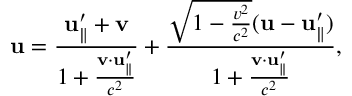
\mathbf { u } = { \frac { \mathbf { u } _ { \parallel } ^ { \prime } + \mathbf { v } } { 1 + { \frac { \mathbf { v } \cdot \mathbf { u } _ { \parallel } ^ { \prime } } { c ^ { 2 } } } } } + { \frac { { \sqrt { 1 - { \frac { v ^ { 2 } } { c ^ { 2 } } } } } ( \mathbf { u } - \mathbf { u } _ { \parallel } ^ { \prime } ) } { 1 + { \frac { \mathbf { v } \cdot \mathbf { u } _ { \parallel } ^ { \prime } } { c ^ { 2 } } } } } ,